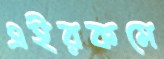
এইরকমে